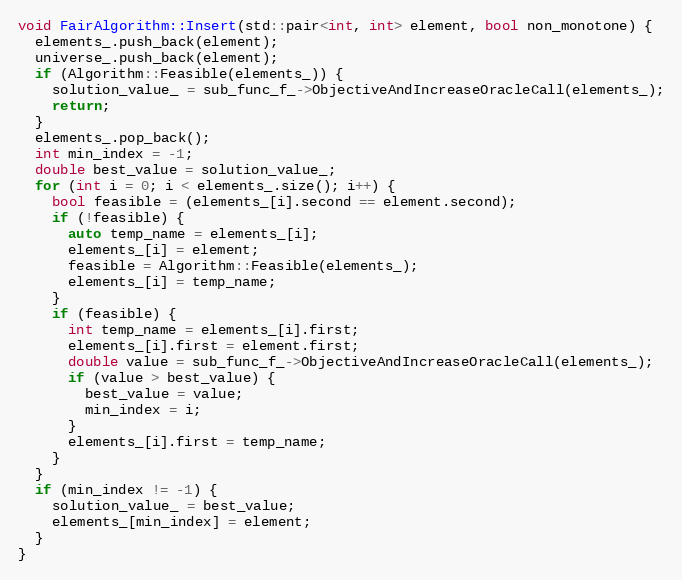
Language: C++
void FairAlgorithm::Insert(std::pair<int, int> element, bool non_monotone) {
  elements_.push_back(element);
  universe_.push_back(element);
  if (Algorithm::Feasible(elements_)) {
    solution_value_ = sub_func_f_->ObjectiveAndIncreaseOracleCall(elements_);
    return;
  }
  elements_.pop_back();
  int min_index = -1;
  double best_value = solution_value_;
  for (int i = 0; i < elements_.size(); i++) {
    bool feasible = (elements_[i].second == element.second);
    if (!feasible) {
      auto temp_name = elements_[i];
      elements_[i] = element;
      feasible = Algorithm::Feasible(elements_);
      elements_[i] = temp_name;
    }
    if (feasible) {
      int temp_name = elements_[i].first;
      elements_[i].first = element.first;
      double value = sub_func_f_->ObjectiveAndIncreaseOracleCall(elements_);
      if (value > best_value) {
        best_value = value;
        min_index = i;
      }
      elements_[i].first = temp_name;
    }
  }
  if (min_index != -1) {
    solution_value_ = best_value;
    elements_[min_index] = element;
  }
}